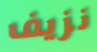
نزيف